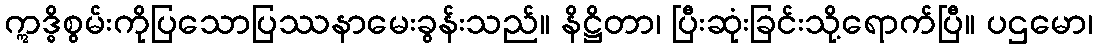
ဣဒ္ဓိစွမ်းကိုပြသောပြဿနာမေးခွန်းသည်။ နိဋ္ဌိတာ၊ ပြီးဆုံးခြင်းသို့ရောက်ပြီ။ ပဌမော၊